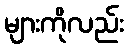
များကိုလည်း